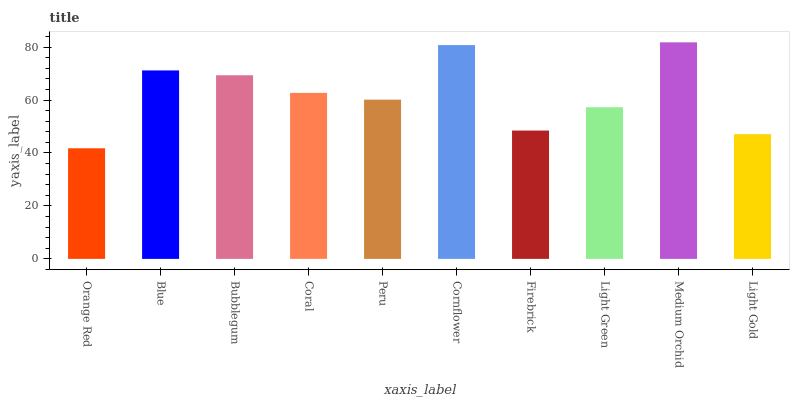
| xaxis_label | bars |
 | --- | --- |
 | Orange Red | 41.8 |
 | Blue | 71.2 |
 | Bubblegum | 69.4 |
 | Coral | 62.7 |
 | Peru | 60.1 |
 | Cornflower | 80.7 |
 | Firebrick | 48.5 |
 | Light Green | 57.3 |
 | Medium Orchid | 81.8 |
 | Light Gold | 47.1 |